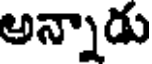
అన్నాడు